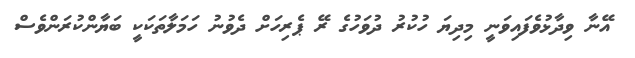
އޭނާ ވިދާޅުވެފައިވަނީ މިދިޔަ ހުކުރު ދުވަހުގެ ރޭ ޕެރިހަށް ދެވުނު ހަމަލާތަކަކީ ބަޔާންކުރަންވެސް